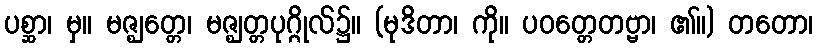
ပစ္ဆာ၊ မှ။ မဇ္ဈတ္တေ၊ မဇ္ဈတ္တပုဂ္ဂိုလ်၌။ (မုဒိတာ၊ ကို။ ပဝတ္တေတဗ္ဗာ၊ ၏။) တတော၊